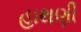
હાથણી